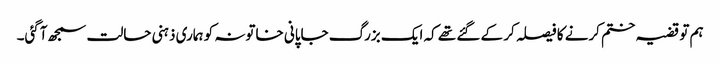
ہم تو قضیہ ختم کرنے کا فیصلہ کر کے گئے تھے کہ ایک بزرگ جاپانی خاتونہ کو ہماری ذہنی حالت سمجھ آگئی۔